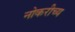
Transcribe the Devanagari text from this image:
नोकरीच्य